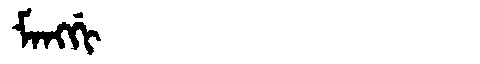
Manchu: ᠮᠠᠩᡤᡳ
Romanization: MANGGI